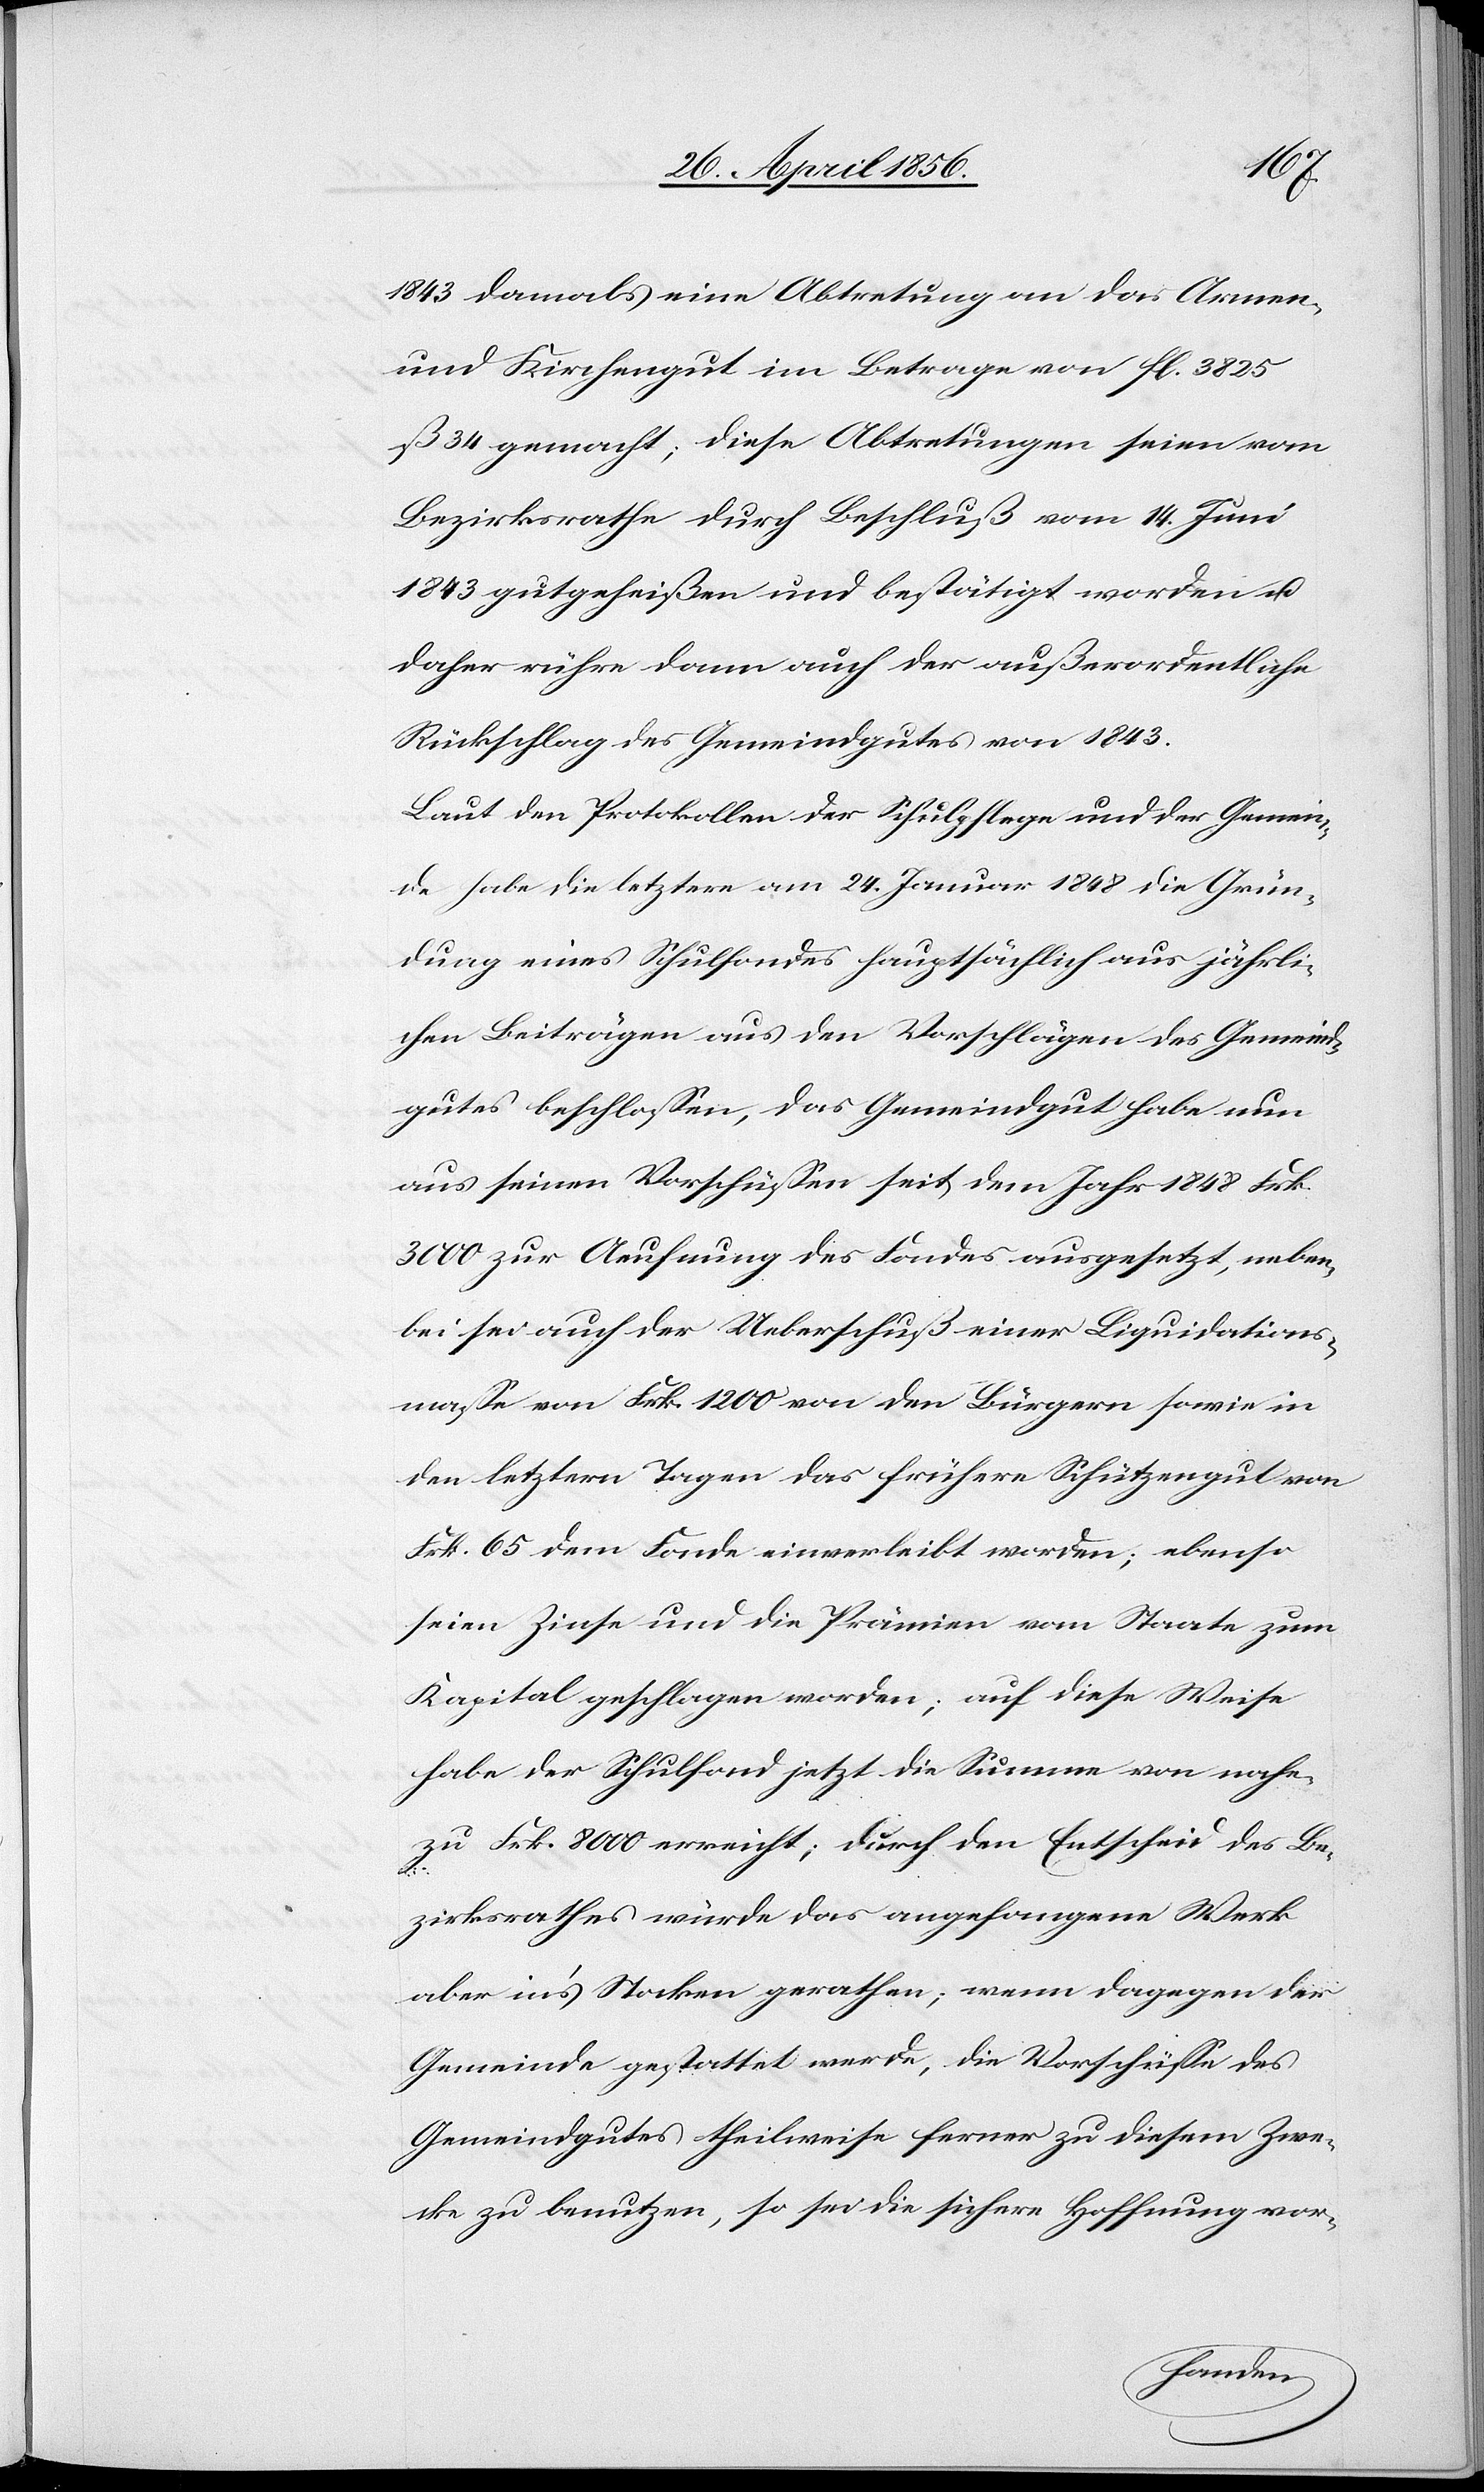
1843 damals eine Abtretung an das Armen-
und Kirchengut im Betrage von fl. 3825
ß 34 gemacht; diese Abtretungen seien vom
Bezirksrathe durch Beschluß vom 14. Juni
1843 gutgeheißen und bestätigt worden u.
daher rühre dann auch der außerordentliche
Rückschlag des Gemeindgutes von 1843.
Laut den Protokollen der Schulpflege und der Gemein¬
de habe die letztere am 24. Januar 1848 die Grün¬
dung eines Schulfondes hauptsächlich aus jährli¬
chen Beiträgen aus den Vorschlägen des Gemeind¬
gutes beschlossen, das Gemeindgut habe nun
aus seinen Vorschüssen seit dem Jahr 1848 Frk.
3000 zur Aeufnung des Fondes ausgesetzt, neben¬
bei sei auch der Ueberschuß einer Liquidations¬
masse von Frk. 1200 von den Bürgern sowie in
den letztern Tagen das frühere Schützengut von
Frk. 65 dem Fonde einverleibt worden; ebenso
seien Zinse und die Prämien vom Staate zum
Kapital geschlagen worden; auf diese Weise
habe der Schulfond jetzt die Summe von nahe¬
zu Frk. 8000 erreicht; durch den Entscheid des Be¬
zirksrathes würde das angefangene Werk
aber in’s Stocken gerathen; wenn dagegen der
Gemeinde gestattet werde, die Vorschüsse des
Gemeindgutes theilweise ferner zu diesem Zwe¬
cke zu benutzen, so sei die sichere Hoffnung vor-